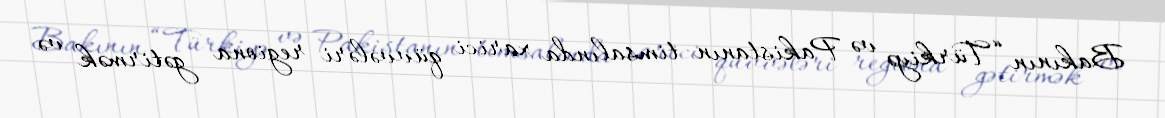
Bakının “Türkiyə və Pakistanın timsalında xarici qüvvələri regiona gətirmək və